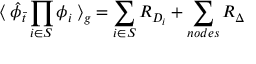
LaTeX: \langle \: { \hat { \phi } } _ { \bar { t } } \prod _ { i \in S } \phi _ { i } \: \rangle _ { g } = \sum _ { i \in S } R _ { D _ { i } } + \sum _ { n o d e s } R _ { \Delta } \,